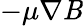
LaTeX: -\mu\nabla\mathit{B}